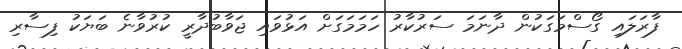
ފާރަލައި ގޯސްމަގަކުން ދާނަމަ ސަރުކާރު ހަމަމަގަށް އަޅުވައި ޖަވާބުދާރީ ކުރުވާނެ ބަޔަކު ފިސާރި